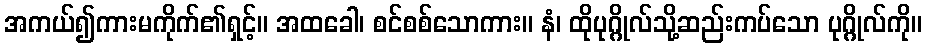
အကယ်၍ကားမကိုက်၏ရှင့်။ အထခေါ၊ စင်စစ်သောကား။ နံ၊ ထိုပုဂ္ဂိုလ်သို့ဆည်းကပ်သော ပုဂ္ဂိုလ်ကို။